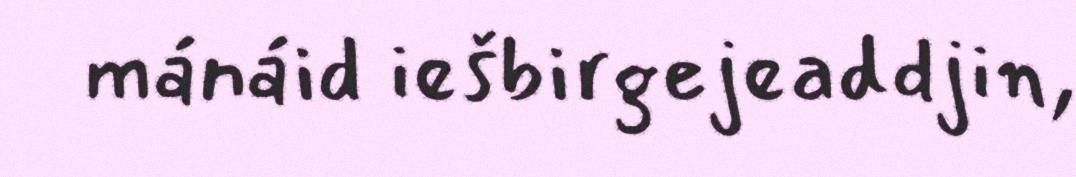
mánáid iešbirgejeaddjin,